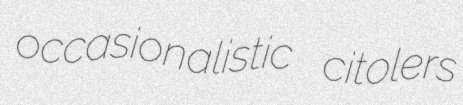
occasionalistic citolers